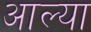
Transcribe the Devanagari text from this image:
अाल्या